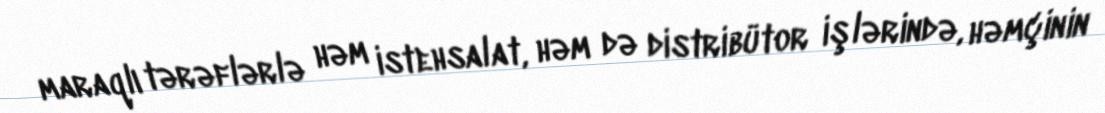
maraqlı tərəflərlə həm istehsalat, həm də distribütor işlərində, həmçinin